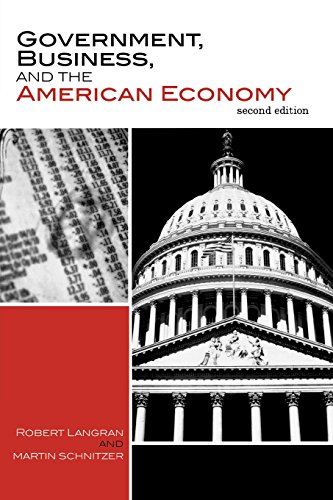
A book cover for Government, Business, and the American Economy; Robert Langran; Business & Money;